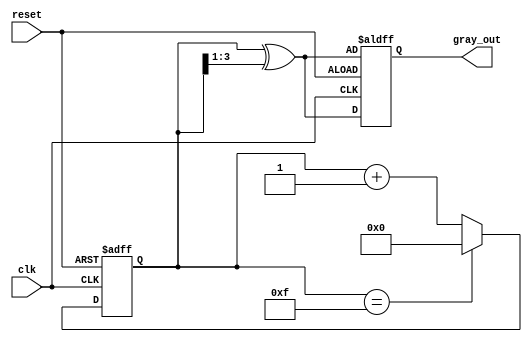
module gray_code_counter #(
    parameter N = 4  // Number of bits for the counter (you can adjust this)
)(
    input wire clk,       // Clock signal
    input wire reset,     // Asynchronous reset signal
    output reg [N-1:0] gray_out // n-bit Gray code output
);

// Internal binary counter
reg [N-1:0] binary_count;

// Gray code conversion function
function [N-1:0] binary_to_gray;
    input [N-1:0] binary;
    begin
        binary_to_gray = binary ^ (binary >> 1);
    end
endfunction

// Sequential logic for the Gray code counter
always @(posedge clk or posedge reset) begin
    if (reset) begin
        // Initialize the counter to 0 on reset
        binary_count <= 0;
        gray_out <= binary_to_gray(binary_count);
    end else begin
        // Increment the binary counter
        binary_count <= binary_count + 1;

        // Wrap around after reaching the maximum value
        if (binary_count == (1 << N) - 1) begin
            binary_count <= 0; // Wrap to 0
        end

        // Update the Gray code output
        gray_out <= binary_to_gray(binary_count);
    end
end

endmodule